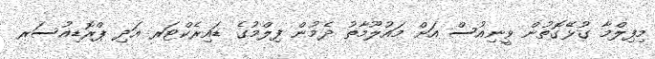
މިފިލްމާ ގުޅޭގޮތުން ވީނިއުސް އަށް މައުލޫމާތު ދެމުން ފިލްމުގެ ޑައިރެކްޓަރ އަދި ޕްރޮޑިއުސަރ